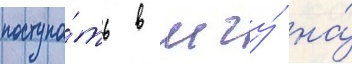
поступа́ть в мгу́ на́